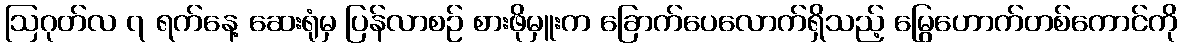
ဩဂုတ်လ ၇ ရက်နေ့ ဆေးရုံမှ ပြန်လာစဉ် စားဖိုမှူးက ခြောက်ပေလောက်ရှိသည့် မြွေဟောက်တစ်ကောင်ကို